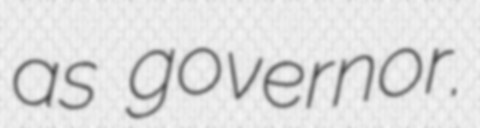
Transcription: as governor.